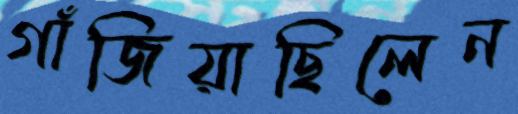
গাঁজিয়াছিলেন